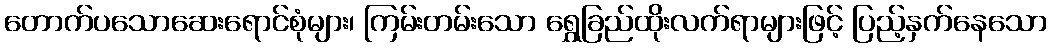
တောက်ပသောဆေးရောင်စုံများ၊ ကြမ်းတမ်းသော ရွှေခြည်ထိုးလက်ရာများဖြင့် ပြည့်နှက်နေသော